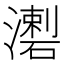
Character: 𤀦